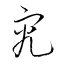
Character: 究